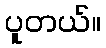
ပူတယ်။